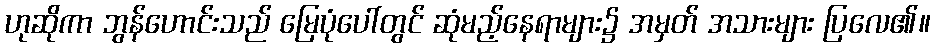
ဟုဆိုကာ ဘွန်ဟောင်းသည် မြေပုံပေါ်တွင် ဆုံမည့်နေရာများ၌ အမှတ် အသားများ ပြလေ၏။